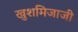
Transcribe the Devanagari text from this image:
खुशमिजाजी